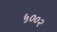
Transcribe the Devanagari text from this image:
५००२